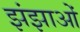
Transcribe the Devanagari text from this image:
झंझाओं